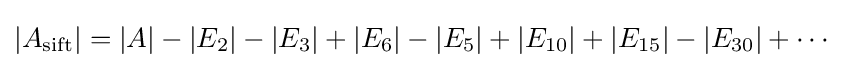
|A_{\operatorname {sift} }|=|A|-|E_{2}|-|E_{3}|+|E_{6}|-|E_{5}|+|E_{10}|+|E_{15}|-|E_{30}|+\cdots